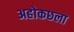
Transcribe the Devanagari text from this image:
अहोकछला